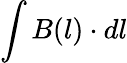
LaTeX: \int B(l)\cdot dl